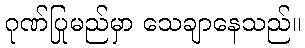
ဂုဏ်ပြုမည်မှာ သေချာနေသည်။